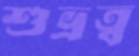
শুভ্রত্ব